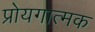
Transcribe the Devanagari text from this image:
प्रोयगात्मक